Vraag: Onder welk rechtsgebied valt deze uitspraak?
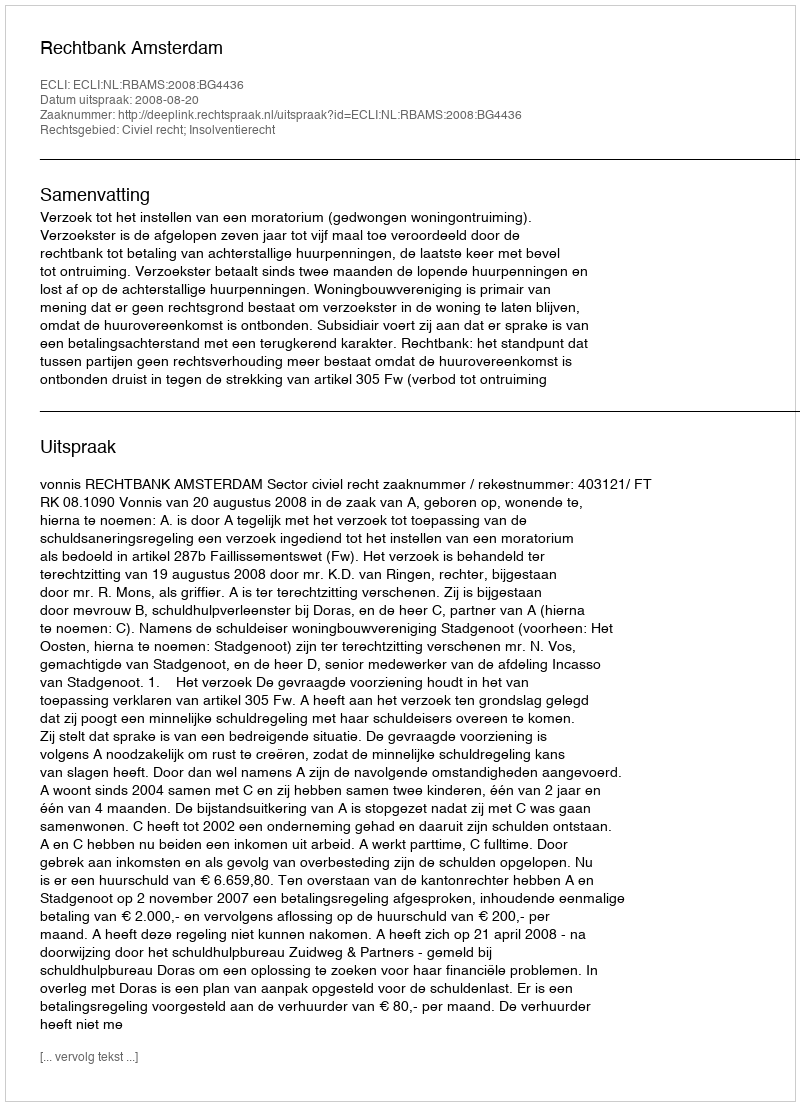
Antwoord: Civiel recht; Insolventierecht